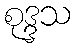
စုဒ္ဒသ